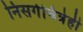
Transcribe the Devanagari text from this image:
निसर्गचित्रेही